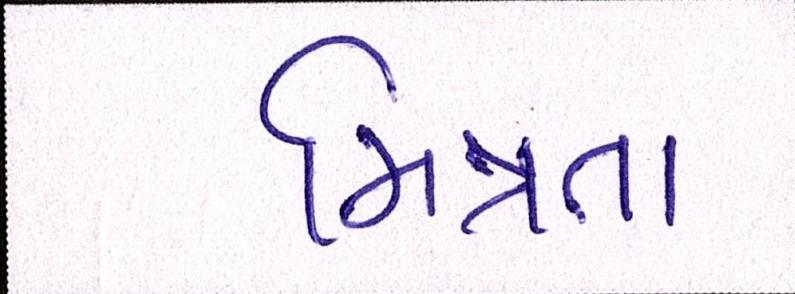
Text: મિત્રતા